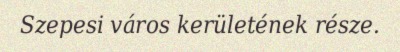
Szepesi város kerületének része.